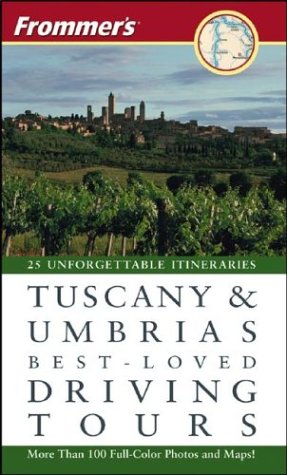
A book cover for Frommer's Tuscany & Umbria's Best-Loved Driving Tours; British Auto Association; Travel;